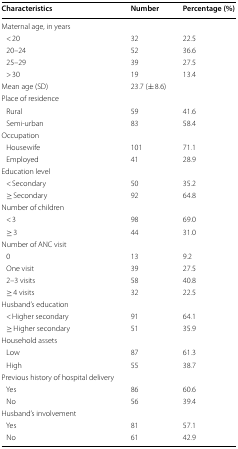
<table><thead><tr><td><b>Characteristics</b></td><td><b>Number</b></td><td><b>Percentage (%)</b></td></tr></thead><tbody><tr><td colspan="3">Maternal age, in years</td></tr><tr><td> &lt; 20</td><td>32</td><td>22.5</td></tr><tr><td> 20–24</td><td>52</td><td>36.6</td></tr><tr><td> 25–29</td><td>39</td><td>27.5</td></tr><tr><td> &gt; 30</td><td>19</td><td>13.4</td></tr><tr><td>Mean age (SD)</td><td colspan="2">23.7 (± 8.6)</td></tr><tr><td colspan="3">Place of residence</td></tr><tr><td> Rural</td><td>59</td><td>41.6</td></tr><tr><td> Semi-urban</td><td>83</td><td>58.4</td></tr><tr><td colspan="3">Occupation</td></tr><tr><td> Housewife</td><td>101</td><td>71.1</td></tr><tr><td> Employed</td><td>41</td><td>28.9</td></tr><tr><td colspan="3">Education level</td></tr><tr><td> &lt; Secondary</td><td>50</td><td>35.2</td></tr><tr><td> ≥ Secondary</td><td>92</td><td>64.8</td></tr><tr><td colspan="3">Number of children</td></tr><tr><td> &lt; 3</td><td>98</td><td>69.0</td></tr><tr><td> ≥ 3</td><td>44</td><td>31.0</td></tr><tr><td colspan="3">Number of ANC visit</td></tr><tr><td> 0</td><td>13</td><td>9.2</td></tr><tr><td> One visit</td><td>39</td><td>27.5</td></tr><tr><td> 2–3 visits</td><td>58</td><td>40.8</td></tr><tr><td> ≥ 4 visits</td><td>32</td><td>22.5</td></tr><tr><td colspan="3">Husband’s education</td></tr><tr><td> &lt; Higher secondary</td><td>91</td><td>64.1</td></tr><tr><td> ≥ Higher secondary</td><td>51</td><td>35.9</td></tr><tr><td colspan="3">Household assets</td></tr><tr><td> Low</td><td>87</td><td>61.3</td></tr><tr><td> High</td><td>55</td><td>38.7</td></tr><tr><td colspan="3">Previous history of hospital delivery</td></tr><tr><td> Yes</td><td>86</td><td>60.6</td></tr><tr><td> No</td><td>56</td><td>39.4</td></tr><tr><td colspan="3">Husband’s involvement</td></tr><tr><td> Yes</td><td>81</td><td>57.1</td></tr><tr><td> No</td><td>61</td><td>42.9</td></tr></tbody></table>